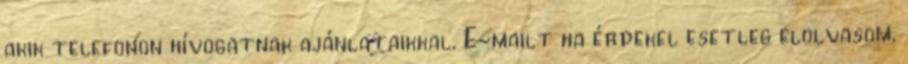
akik telefonon hívogatnak ajánlataikkal. E-mailt ha érdekel esetleg elolvasom,